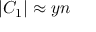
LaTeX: | C _ { 1 } | \approx y n